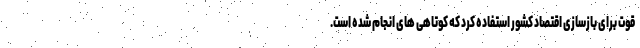
قوت برای بازسازی اقتصاد کشور استفاده کرد که کوتاهی های انجام شده است.